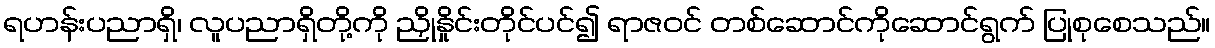
ရဟန်းပညာရှိ၊ လူပညာရှိတို့ကို ညှိုနှိုင်းတိုင်ပင်၍ ရာဇဝင် တစ်ဆောင်ကိုဆောင်ရွက် ပြုစုစေသည်။